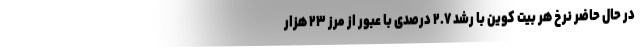
در حال حاضر نرخ هر بیت کوین با رشد ۲.۷ درصدی با عبور از مرز ۲۳ هزار